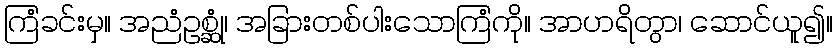
ကြံခင်းမှ။ အညံဥစ္ဆုံ၊ အခြားတစ်ပါးသောကြံကို။ အာဟရိတွာ၊ ဆောင်ယူ၍။